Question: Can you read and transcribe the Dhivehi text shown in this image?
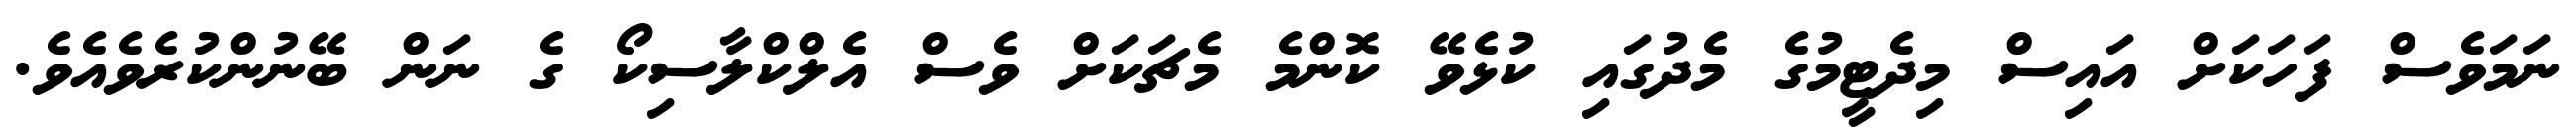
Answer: ނަމަވެސް ފަހަކަށް އައިސް މިދެޓީމުގެ މެދުގައި ކުޅެވޭ ކޮންމެ މެޗަކަށް ވެސް އެލްކްލާސިކޯ ގެ ނަން ބޭނުންކުރެވެއެވެ.